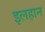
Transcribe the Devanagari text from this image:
इलहान